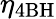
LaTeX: \eta_{4\textrm{BH}}